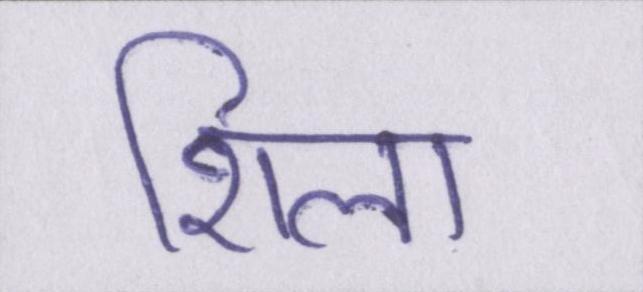
शिला